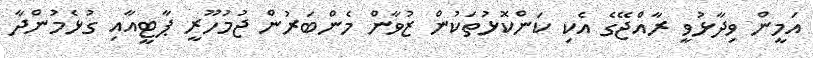
އަމީން ވިދާޅުވީ ރާއްޖޭގެ އެކި ކަންކޮޅުތަކުން ޒުވާން މެންބަރުން ޖުމުހޫރީ ޕާޓީއާއި ގުޅެމުންދާ